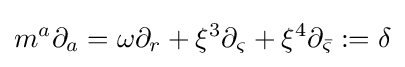
m^{a}\partial _{a}=\omega \partial _{r}+\xi ^{3}\partial _{\varsigma }+\xi ^{4}\partial _{\bar {\varsigma }}:=\delta